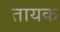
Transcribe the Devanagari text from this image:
तायक